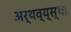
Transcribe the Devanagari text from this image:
अर्थव्य्स्था